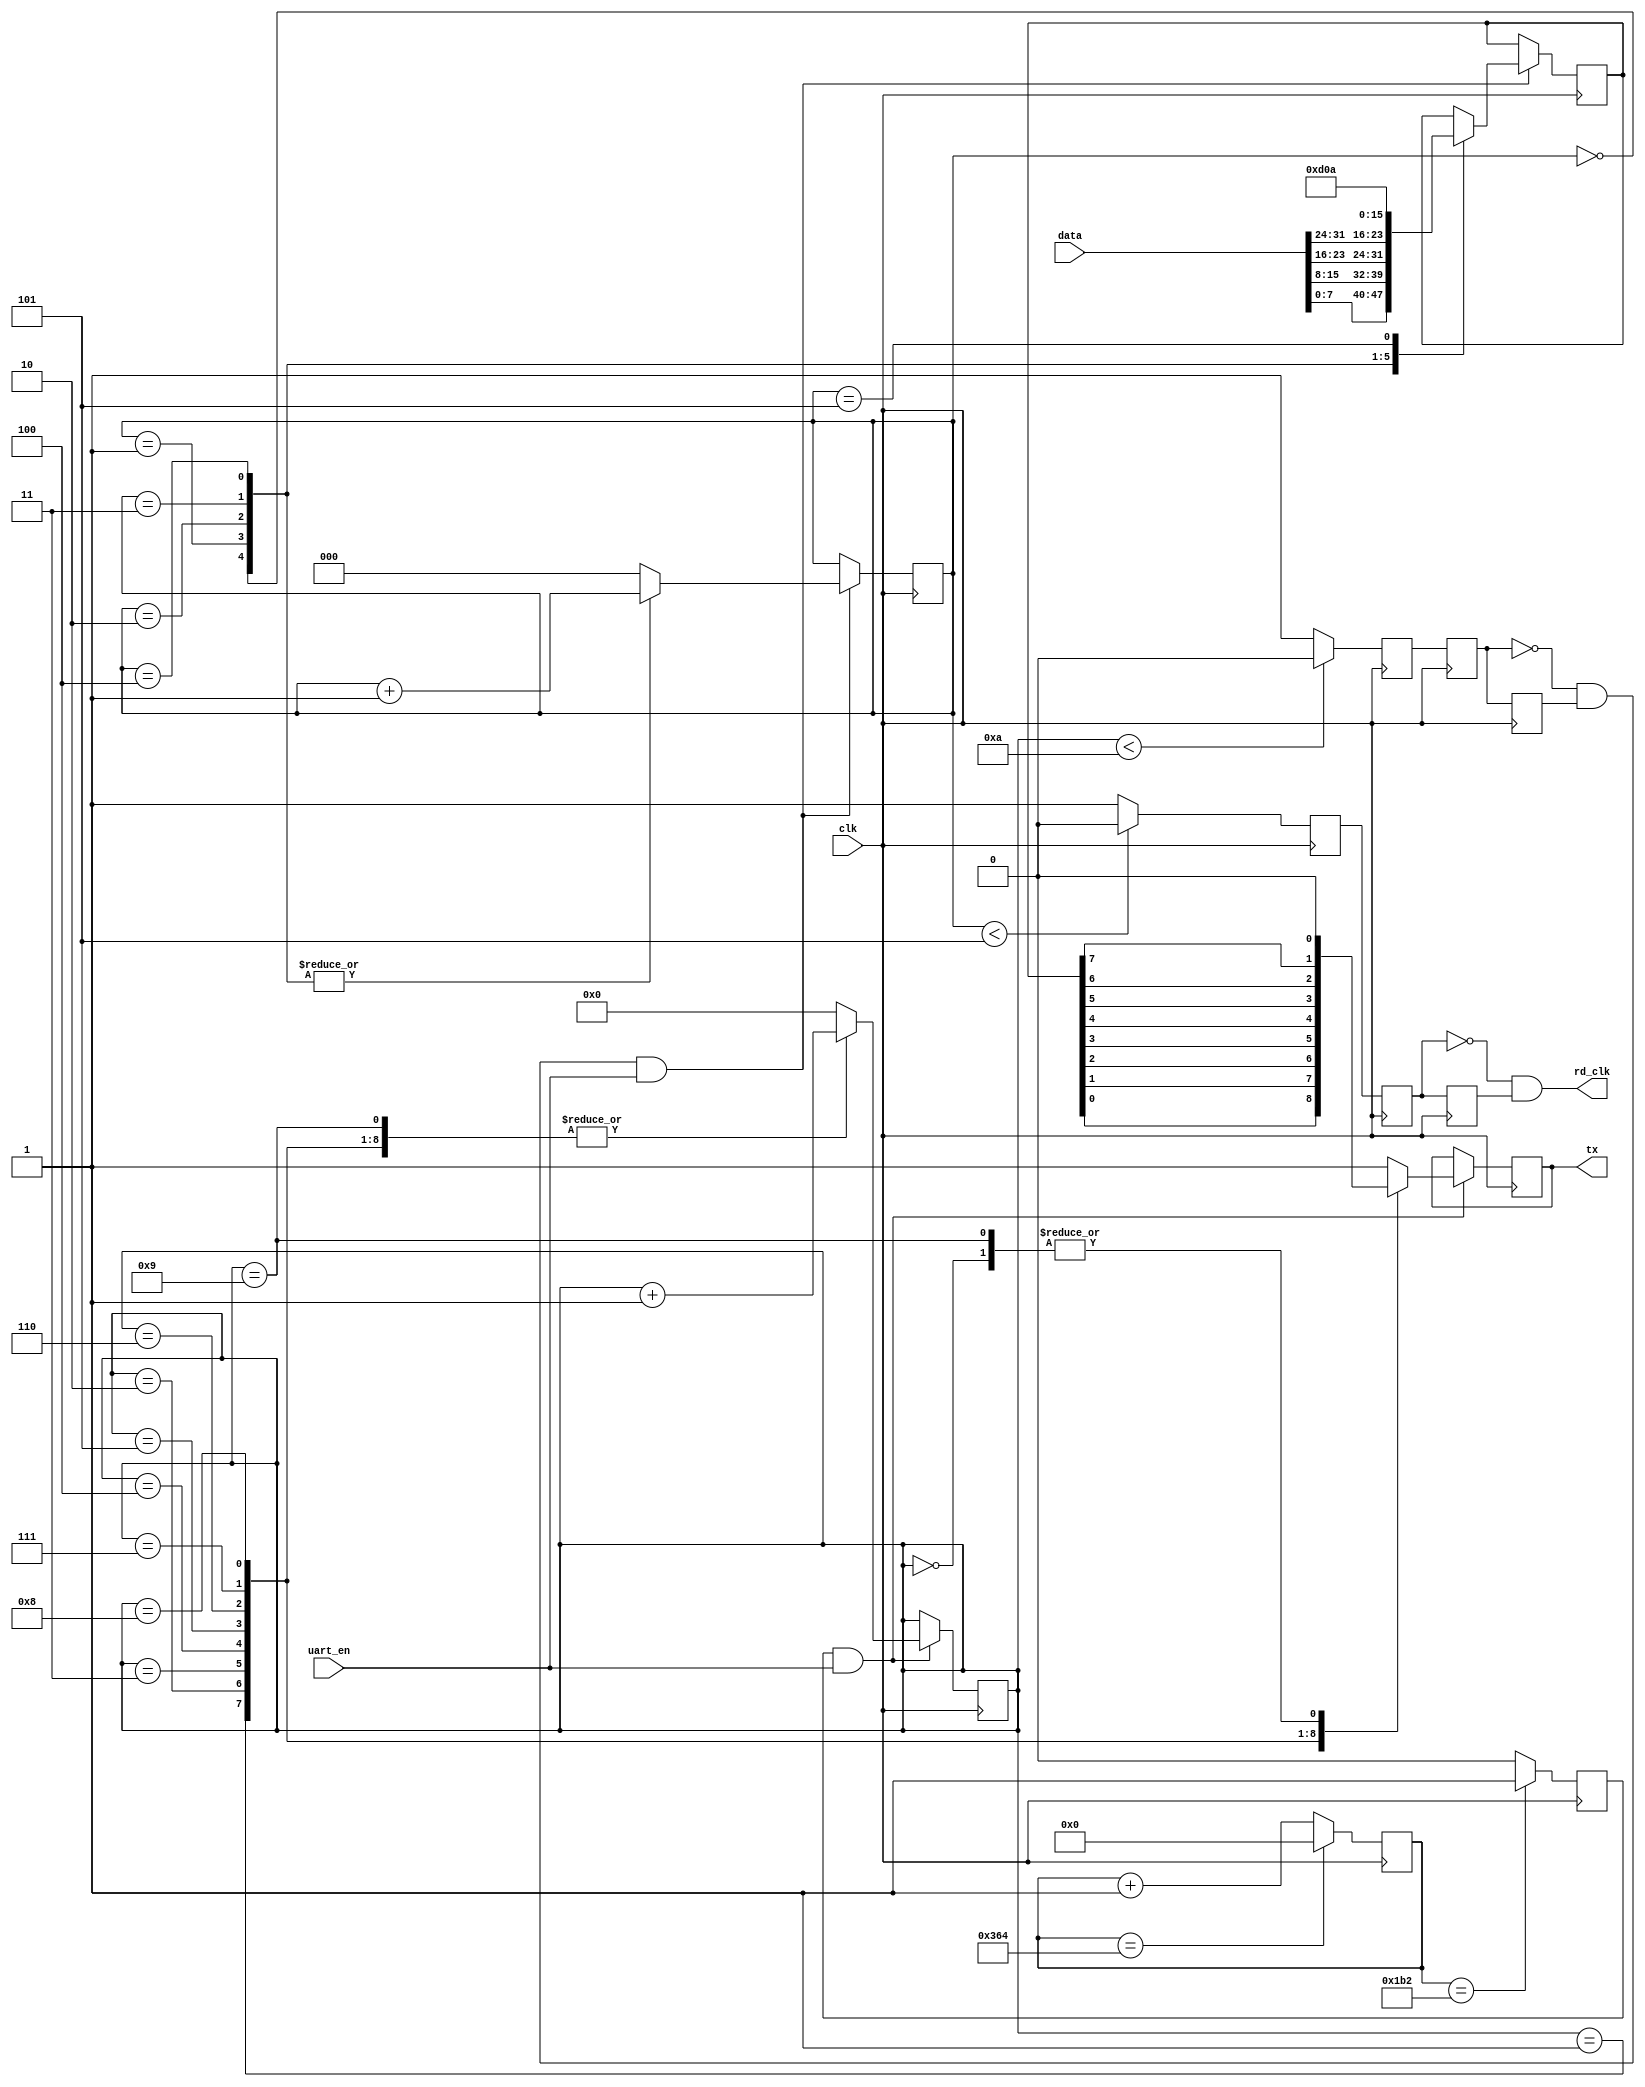
module uart_tx(
	input	clk,
	input	signed	[31:0]	data,
	input	uart_en,
	output	rd_clk,
	output	tx
);

parameter	BPS = 10'd868;		//115200
parameter 	BPS_2 = 10'd434;	//921600;


//-------------------------------------//
reg		[9:0]	cnt = 9'd0;
reg		clk_bps = 0;

always @(posedge clk) begin
	if(cnt == BPS)	begin
		cnt <= 0;
	end
	else	begin
		cnt <= cnt + 1;
	end
end
always @(posedge clk) begin
	if(cnt == BPS_2)	begin
		clk_bps <= 1;
	end
	else	begin
		clk_bps <= 0;
	end
end
//----------------------------------------------//
reg		uart_tx = 1;			//
reg		[3:0]	num = 0;
reg		signed	[7:0]	tx_data = 0;
//==============================//
reg	flag = 1'b0;			//
reg	flag_r1 = 1'b0;
reg	flag_r2 = 1'b0;
wire	flag_nege;
always @ (posedge clk)
begin
	if(num < 4'd10)
		flag <= 1'b0;
	else
		flag <= 1'b1;
end
always @ (posedge clk)
begin
	flag_r1 <= flag;
	flag_r2 <= flag_r1;
end
assign	flag_nege = ~flag_r1 & flag_r2;		//
//==============================//

always @(posedge clk) begin
	if((clk_bps == 1) && (uart_en == 1))	begin
		case (num)
			4'd0:
				begin
					uart_tx <= 0;			num <= num + 1;		//
				end 
			4'd1: 
				begin
					uart_tx <= tx_data[0];	num <= num + 1;		//
				end
			4'd2: 
				begin
					uart_tx <= tx_data[1];	num <= num + 1;		//
				end
			4'd3: 
				begin
					uart_tx <= tx_data[2];	num <= num + 1;		//
				end
			4'd4: 
				begin
					uart_tx <= tx_data[3];	num <= num + 1;		//
				end
			4'd5: 
				begin
					uart_tx <= tx_data[4];	num <= num + 1;		//
				end
			4'd6: 
				begin
					uart_tx <= tx_data[5];	num <= num + 1;		//
				end
			4'd7: 
				begin
					uart_tx <= tx_data[6];	num <= num + 1;		//
				end
			4'd8: 
				begin
					uart_tx <= tx_data[7];	num <= num + 1;		//
				end
			4'd9: 
				begin
					uart_tx <= 0;			num <= num + 1;		//
				end
			4'd10: 
				begin
					uart_tx <= 1;			num <= 4'd0;		//
				end
		  	default:
			  	begin
				  	uart_tx <= 1;			num <= 4'd0;
				end
		endcase
	end
end

//----------------------------------------------------------------------------------------//
reg		[2:0]	num_r = 0;
//==============================//
reg	rd_clk_r0 = 1'b0;			
reg	rd_clk_r1 = 1'b0;
reg	rd_clk_r2 = 1'b0;
always @ (posedge clk)
begin
	if(num_r < 3'd5)
		rd_clk_r0 <= 1'b0;
	else
		rd_clk_r0 <= 1'b1;
end
always @ (posedge clk)
begin
	rd_clk_r1 <= rd_clk_r0;
	rd_clk_r2 <= rd_clk_r1;
end
assign	rd_clk = ~rd_clk_r1 & rd_clk_r2;		//
//==============================//

always @(posedge clk) begin
	if((flag_nege == 1) && (uart_en))	begin
		case (num_r)
			3'd0:
				begin
					tx_data <= data[7:0];	num_r <= num_r + 1;
				end
			3'd1:
				begin
					tx_data <= data[15:8];	num_r <= num_r + 1;
				end
			3'd2:
				begin
					tx_data <= data[23:16];	num_r <= num_r + 1;
				end
			3'd3:
				begin
					tx_data <= data[31:24];	num_r <= num_r + 1;
				end
			3'd4:
				begin
					tx_data <= 8'h0D;		num_r <= num_r + 1;
				end
			3'd5:
				begin
					tx_data <= 8'h0A;		num_r <= 3'd0;
				end
		  	default: 
		  		begin
				  	num_r <= 3'd0;
				end
		endcase
	end
end

assign	tx = uart_tx;

endmodule